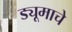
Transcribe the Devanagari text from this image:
ड्यूमाचे